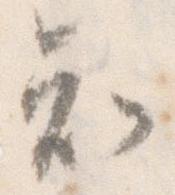
知